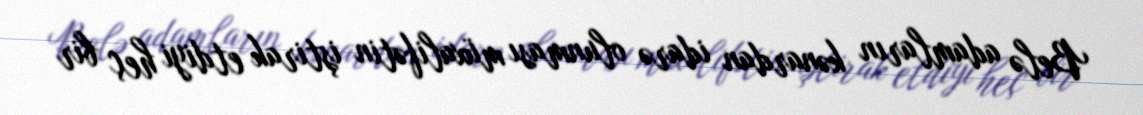
Belə adamların kənardan idarə olunması müxalifətin iştirak etdiyi heç bir